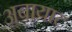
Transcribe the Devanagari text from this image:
अबायाट